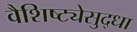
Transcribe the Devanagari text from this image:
वैशिष्ट्येसुद्धा